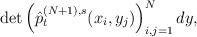
LaTeX: \begin{align*}\det\left(\hat{p}^{(N+1),s}_t(x_i,y_j)\right)^{N}_{i,j=1}dy,\end{align*}